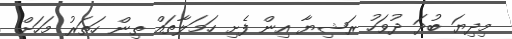
މިދިޔަ ބުދަ ދުވަހު ރަޝިޔާ އިން ފެށި ހަމަލާތައް ތިން ހަތަރު މަހަށް